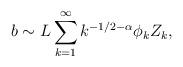
LaTeX: \begin{align*}b \sim L \sum_{k=1}^\infty k^{-1/2- \alpha}\phi_k Z_k, \end{align*}